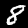
Label: 8